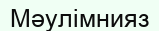
Мәулімнияз